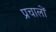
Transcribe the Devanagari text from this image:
प्रचालों